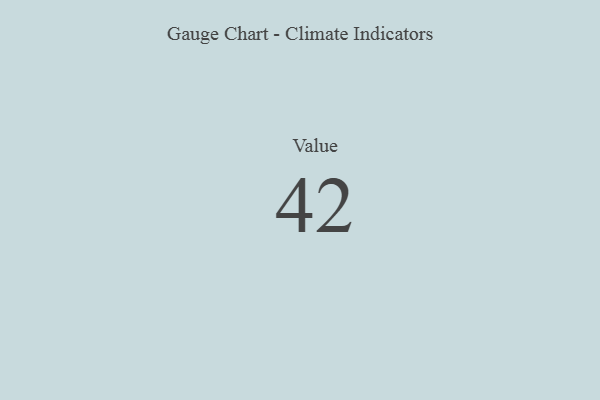
{"axis": {"x": "Metric", "y": "Value"}, "legend": [""], "data": [{"x": "Value", "y": 42, "type": ""}]}